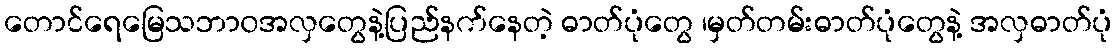
တောင်ရေမြေသဘာ၀အလှတွေနဲ့ပြည်နက်နေတဲ့ ဓာတ်ပုံတွေ ၊မှတ်တမ်းဓာတ်ပုံတွေနဲ့ အလှဓာတ်ပုံ